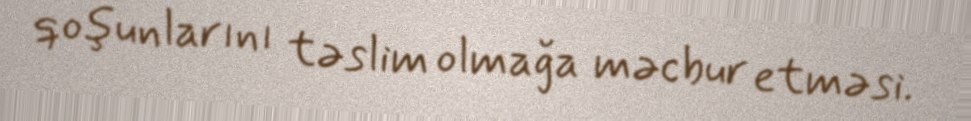
qoşunlarını təslim olmağa məcbur etməsi.